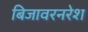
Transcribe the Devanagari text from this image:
बिजावरनरेश